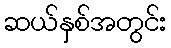
ဆယ်နှစ်အတွင်း